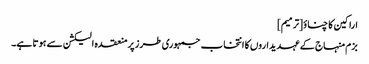
اراکین کا چناؤ[ترمیم]
بزم منہاج کے عہدیداروں کا انتخاب جمہوری طرز پرمنعقدہ الیکشن سے ہوتا ہے۔